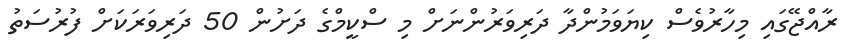
ރާއްޖޭގައި މިހާރުވެސް ކިޔަވަމުންދާ ދަރިވަރުންނަށް މި ސްކީމްގެ ދަށުން 50 ދަރިވަރަކަށް ފުރުސަތު